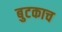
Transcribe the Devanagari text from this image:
बुटकाच